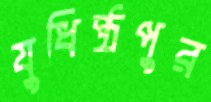
যুধিষ্ঠপুর